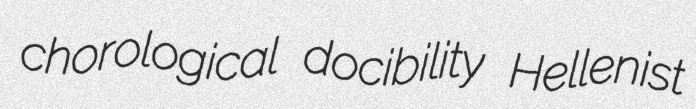
chorological docibility Hellenist